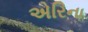
એરિના